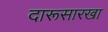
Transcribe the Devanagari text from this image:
दारूसारखा